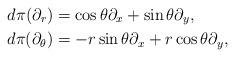
LaTeX: \begin{align*}d\pi(\partial_r) & =\cos\theta\partial_x+\sin\theta\partial_y, \\d\pi(\partial_\theta) & =-r\sin\theta\partial_x+r\cos\theta\partial_y,\end{align*}